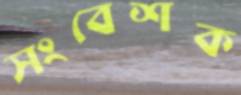
সংবেশক